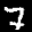
Label: 7